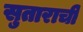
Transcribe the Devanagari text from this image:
सुताराची